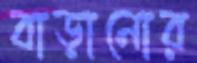
বাড়ানোর